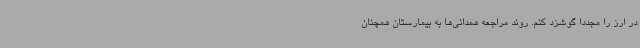
در ارز را مجددا گوشزد کنم. روند مراجعه همدانی‌ها به بیمارستان همچنان